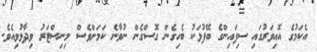
އެކަމުގެ އޮއިވަރުގައި ސިފައިންގެ ބޭފުޅަކު ބެހިގެން ގޮސްގެން ނުވާނެ ކަމަށްވެސް މިނިސްޓަރު ވިދާޅުވިއެވެ.